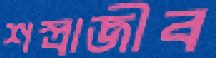
শস্ত্রাজীব